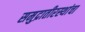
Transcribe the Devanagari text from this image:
समुद्रातीरस्थांचा